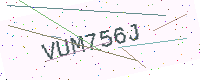
Text: VUM756J